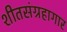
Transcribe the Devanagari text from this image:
शीतसंग्रहागार